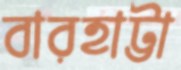
বারহাট্টা